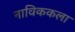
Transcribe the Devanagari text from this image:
नाविककला